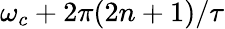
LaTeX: \omega_{c}+2\pi(2n+1)/\tau